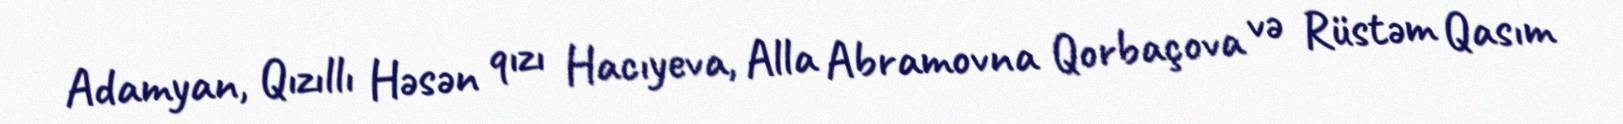
Adamyan, Qızıllı Həsən qızı Hacıyeva, Alla Abramovna Qorbaçova və Rüstəm Qasım